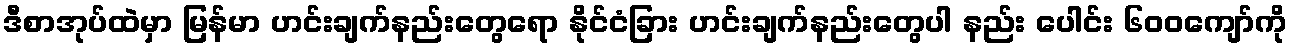
ဒီစာအုပ်ထဲမှာ မြန်မာ ဟင်းချက်နည်းတွေရော နိုင်ငံခြား ဟင်းချက်နည်းတွေပါ နည်း ပေါင်း ၆၀၀ကျော်ကို